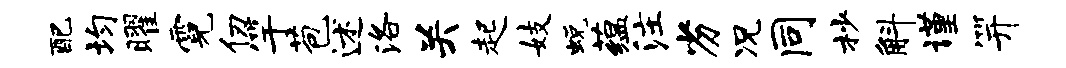
配均曜霓仞竽苞述洛关起妓蜕蕴注劣况同杪斛谨笄